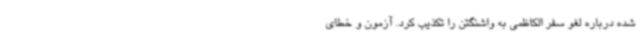
شده درباره لغو سفر الکاظمی به واشنگتن را تکذیب کرد. آزمون و خطای